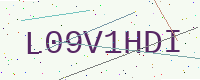
Text: L09V1HDI